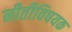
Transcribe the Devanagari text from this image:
नीतीविषयक